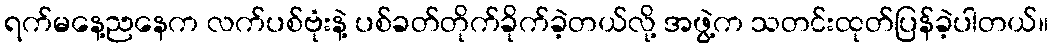
ရက်မနေ့ညနေက လက်ပစ်ဗုံးနဲ့ ပစ်ခတ်တိုက်ခိုက်ခဲ့တယ်လို့ အဖွဲ့က သတင်းထုတ်ပြန်ခဲ့ပါတယ်။